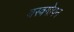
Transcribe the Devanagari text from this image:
वस्त्रगोपन